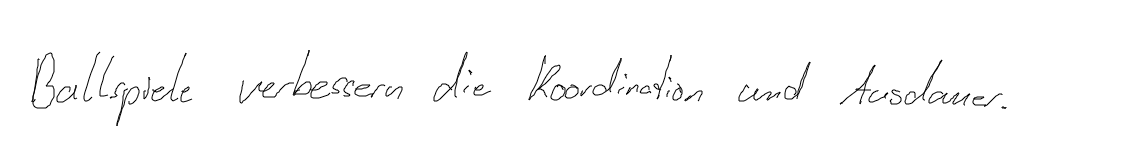
Ballspiele verbessern die Koordination und Ausdauer.